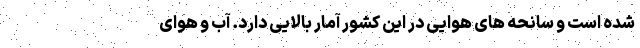
شده است و سانحه های هوایی در این کشور آمار بالایی دارد. آب و هوای